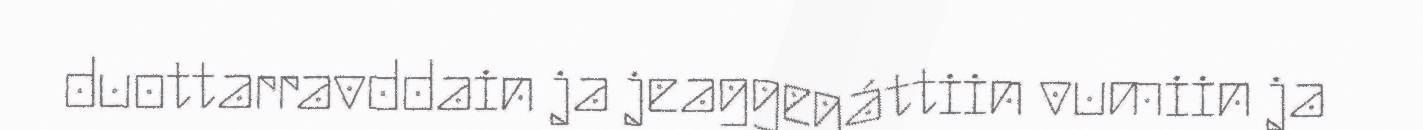
duottarravddain ja jeaggegáttiin vumiin ja